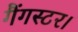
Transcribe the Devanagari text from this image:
गैंगस्टर।